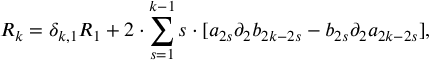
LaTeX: R _ { k } = \delta _ { k , 1 } R _ { 1 } + 2 \cdot \sum _ { s = 1 } ^ { k - 1 } s \cdot [ a _ { 2 s } { \partial } _ { 2 } b _ { 2 k - 2 s } - b _ { 2 s } { \partial } _ { 2 } a _ { 2 k - 2 s } ] ,